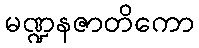
မဏ္ဍနဇာတိကော